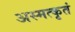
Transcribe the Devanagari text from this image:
अस्मत्कृतं